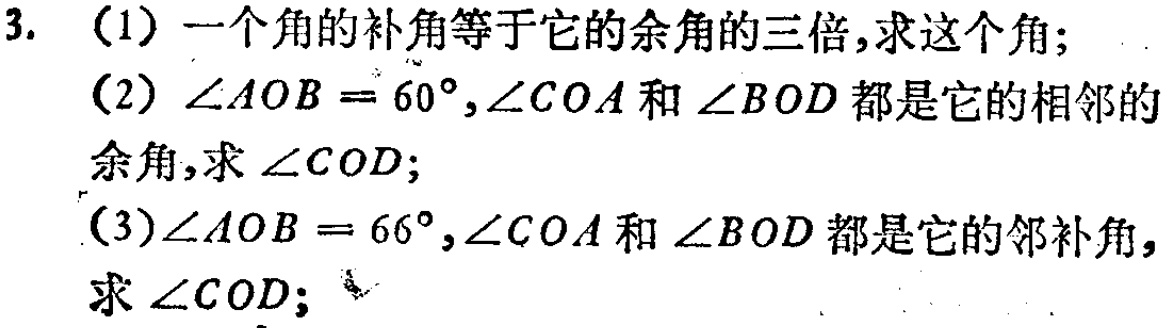
3. (1) 一个角的补角等于它的余角的三倍,求这个角;

(2) \(\angle AOB = 60^{\circ},\angle COA\)和\(\angle BOD\)都是它的相邻的余角,求\(\angle COD\);

(3)\(\angle AOB = 66^{\circ},\angle COA\)和\(\angle BOD\)都是它的邻补角,求\(\angle COD\);